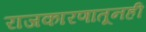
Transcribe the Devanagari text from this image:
राजकारणातूनही